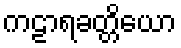
ကဠာရခတ္တိယော